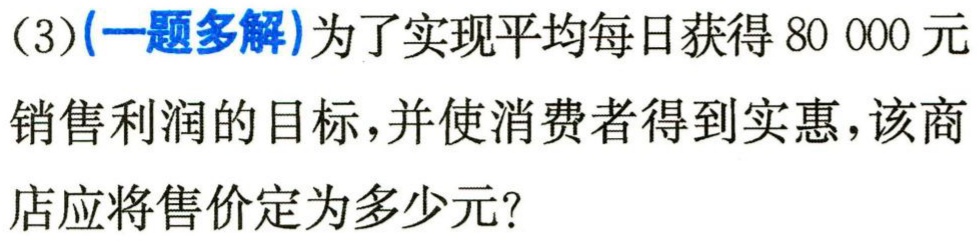
(3)(一题多解)为了实现平均每日获得80 000元
销售利润的目标,并使消费者得到实惠,该商
店应将售价定为多少元?